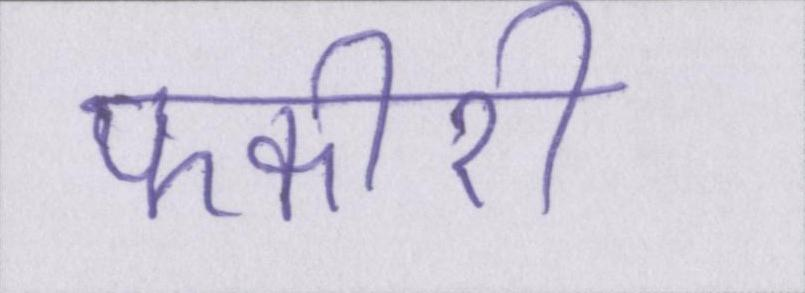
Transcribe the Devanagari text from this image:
फकीरी